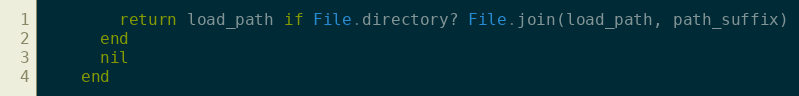
Language: Ruby
        return load_path if File.directory? File.join(load_path, path_suffix)
      end
      nil
    end